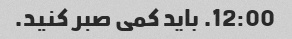
12:00. باید کمی صبر کنید.